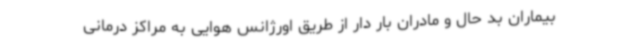
بیماران بد حال و مادران بار دار از طریق اورژانس هوایی به مراکز درمانی